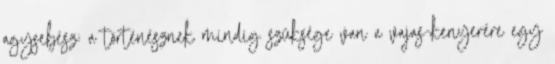
agysebész: a történésznek mindig szüksége van a vajas-kenyerére egy